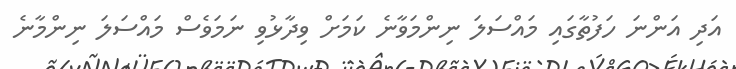
އަދި އަންނަ ހަފުތާގައި މައްސަލަ ނިންމަވާނެ ކަމަށް ވިދާޅުވި ނަމަވެސް މައްސަލަ ނިންމާނެ